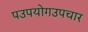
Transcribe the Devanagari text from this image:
पउपयोगउपचार